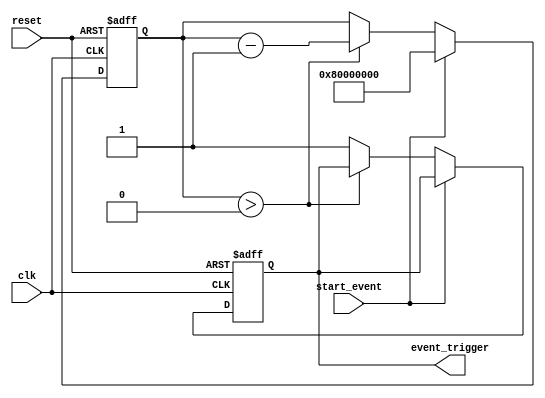
module Timing_control_synchronization_block (
    input wire clk,
    input wire reset,
    input wire start_event,
    output reg event_trigger
);

reg [31:0] timer_count;

always @(posedge clk or posedge reset) begin
    if (reset) begin
        timer_count <= 0;
        event_trigger <= 0;
    end else begin
        if (start_event) begin
            timer_count <= 32'b10000000000000000000000000000000; // Set time interval to 2^32 cycles
        end else begin
            if (timer_count > 0) begin
                timer_count <= timer_count - 1;
            end else begin
                event_trigger <= 1;
            end
        end
    end
end

endmodule